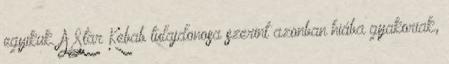
egyikük. A Star Kebab tulajdonosa szerint azonban hiába gyakoriak,